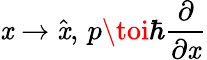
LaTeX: \mathit{x}\to{\hat{{\mathit{x}}}},\, p\toi\hbar{\frac{{\partial}}{{\partial\mathit{x}}}}